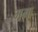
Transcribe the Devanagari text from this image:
गमः